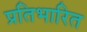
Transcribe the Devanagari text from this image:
प्रतिभारित